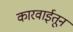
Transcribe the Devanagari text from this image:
कारवाईतून